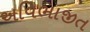
અવિભાજીત